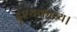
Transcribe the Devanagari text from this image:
दृश्यकाव्य।